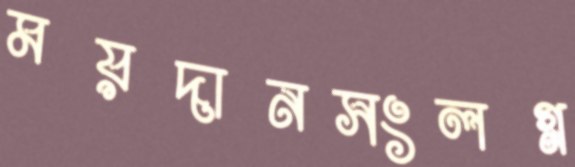
ময়দানসংলগ্ন